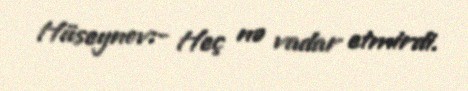
Hüseynov:- Heç nə vadar etmirdi.